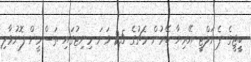
ބީީޖީގެ ޕެނަލްޓީ އޭރިޔާ ބޭރުން މެޗުގެ 25 ވަނަ މިނިޓުގައި ތަސްމީން ފޮނުވާލި